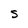
Character: S